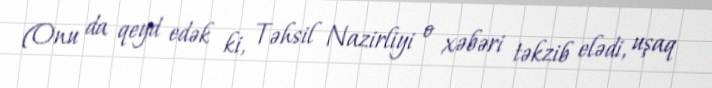
(Onu da qeyd edək ki, Təhsil Nazirliyi o xəbəri təkzib elədi, uşaq